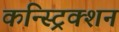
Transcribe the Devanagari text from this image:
कन्स्ट्रिक्शन